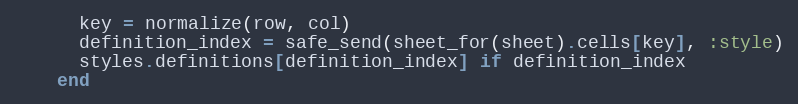
Language: Ruby
      key = normalize(row, col)
      definition_index = safe_send(sheet_for(sheet).cells[key], :style)
      styles.definitions[definition_index] if definition_index
    end